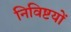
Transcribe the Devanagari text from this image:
निविष्टयों